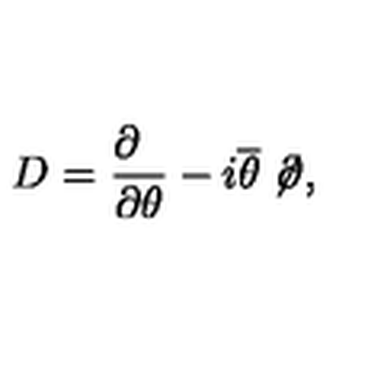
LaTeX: D = \frac { \partial \phantom { a } } { \partial \theta } - i \overline { \theta } \not \! \partial ,